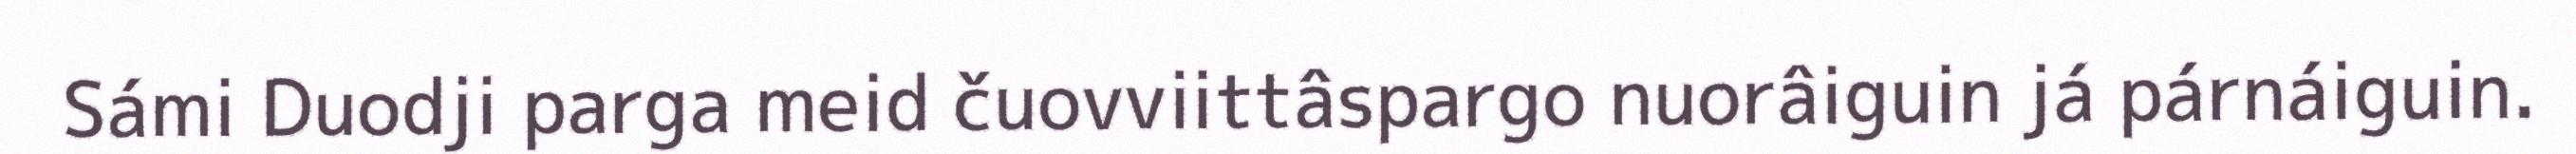
Sámi Duodji parga meid čuovviittâspargo nuorâiguin já párnáiguin.